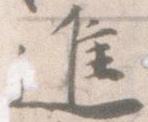
進